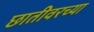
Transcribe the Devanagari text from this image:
छातीवरच्या